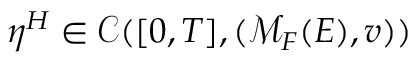
\eta ^ { H } \in \mathcal { C } ( [ 0 , T ] , ( \mathcal { M } _ { F } ( E ) , v ) )